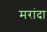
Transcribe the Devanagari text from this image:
मरांदा